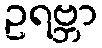
ဥရဗ္ဘာ